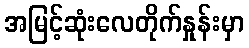
အမြင့်ဆုံးလေတိုက်နှုန်းမှာ